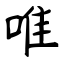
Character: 唯